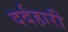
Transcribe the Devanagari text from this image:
दर्दहारी